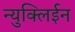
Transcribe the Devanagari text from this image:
न्युक्लिईन